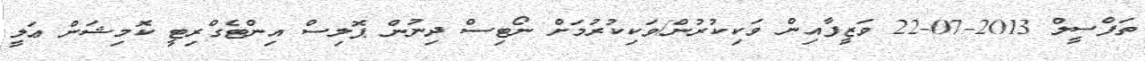
ތަފްސީލް 2013-07-22 ވަޒީފާއިން ވަކިކުރުން/ވަކިކުރުމަށް ނޯޓިސް ދިނުން ޕޮލިސް އިންޓެގްރިޓީ ކޮމިޝަން ޢަލީ